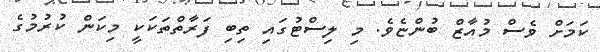
ކަމަށް ވެސް މުއާޒް ބުންޏެވެ. މި ލިސްޓުގައި ތިބި ފަރާތްތަކަކީ މިކަން ކުރުމުގެ